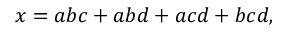
x = a b c + a b d + a c d + b c d ,